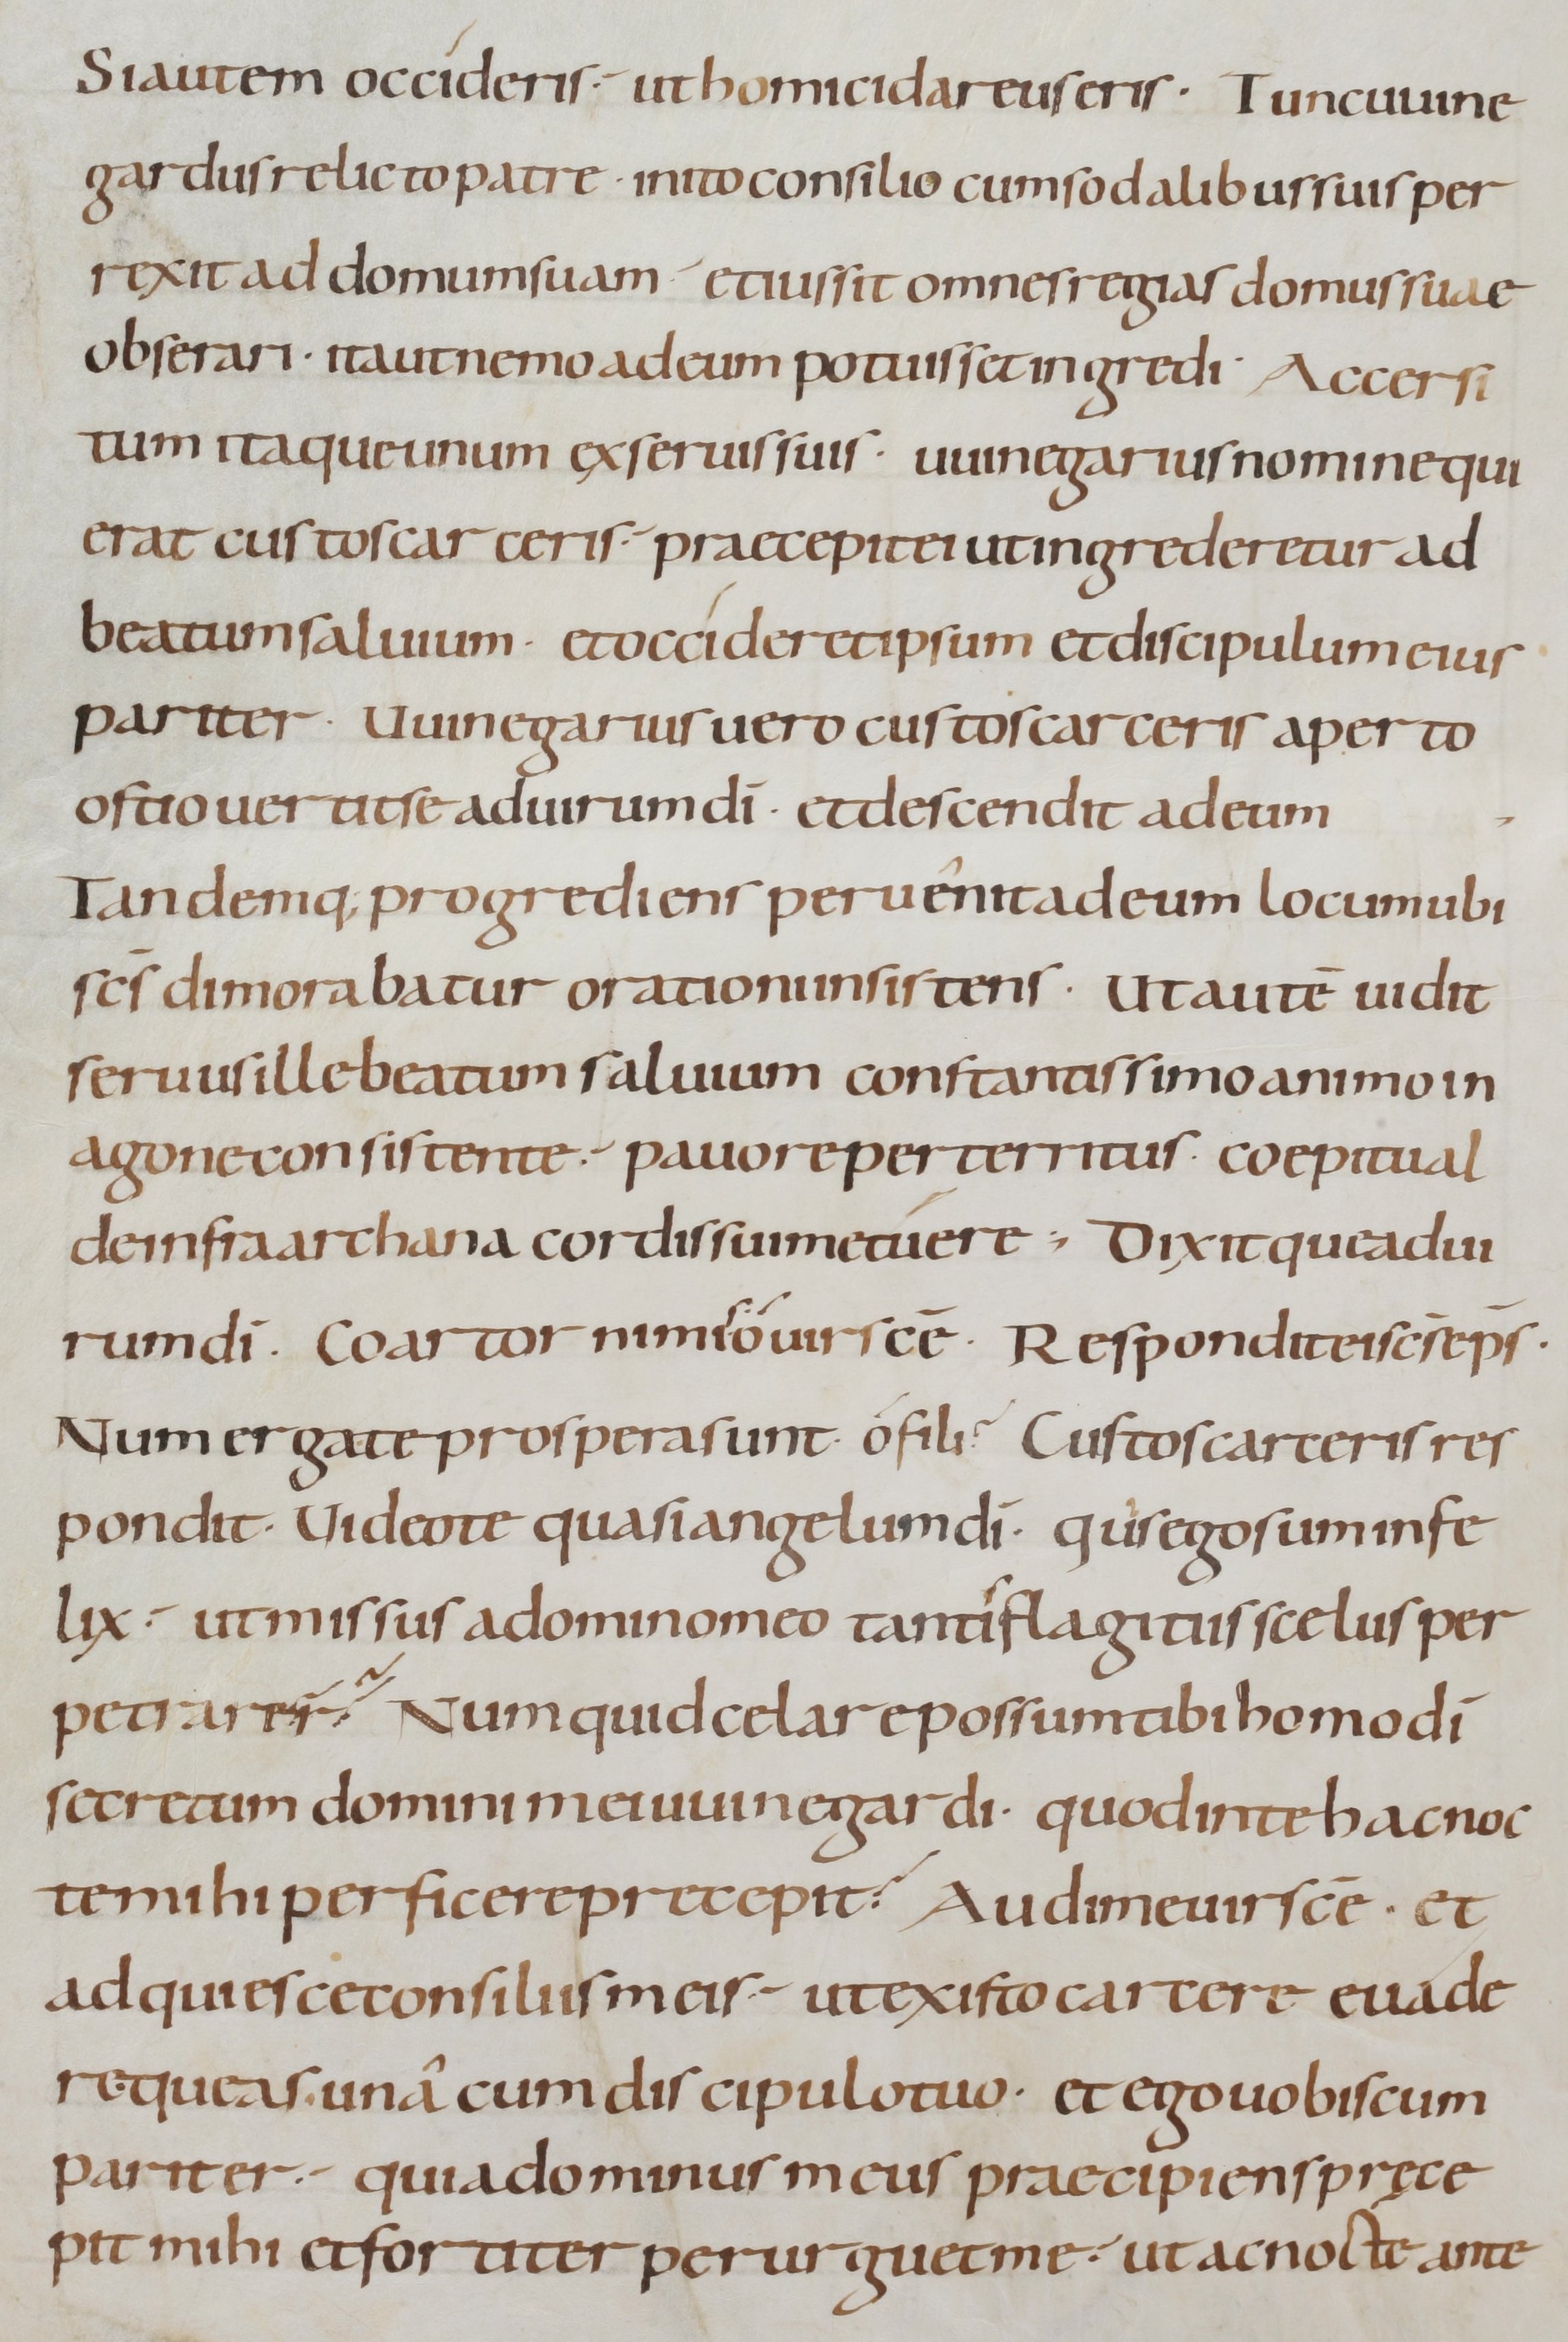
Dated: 800–999